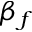
\beta _ { f }